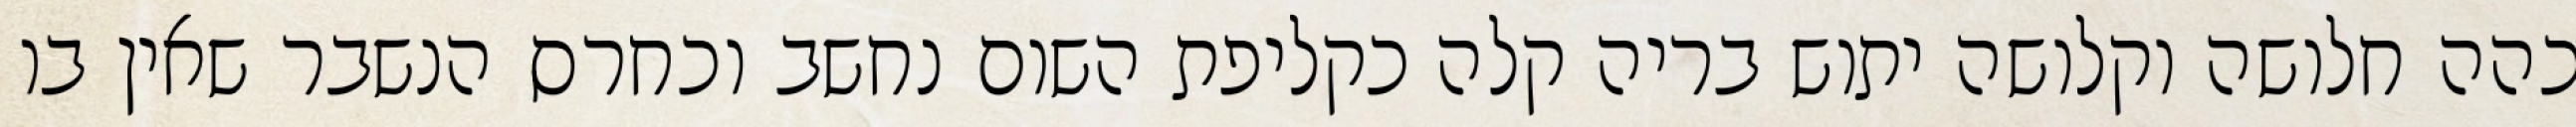
כהה חלושה וקלושה יתוש בריה קלה כקליפת השום נחשב וכחרס הנשבר שאין בו